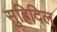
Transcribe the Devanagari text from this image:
सुह्रिदिल